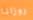
روزانا